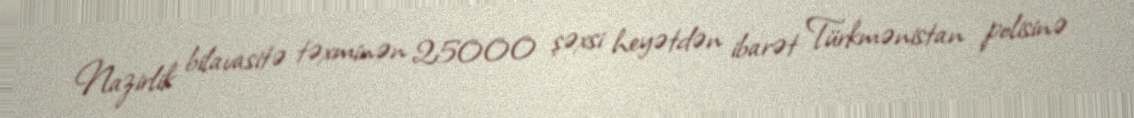
Nazirlik bilavasitə təxminən 25000 şəxsi heyətdən ibarət Türkmənistan polisinə